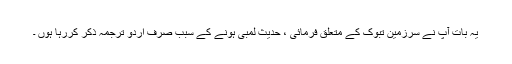
یہ بات آپ نے سرزمین تبوک کے متعلق فرمائی ، حدیث لمبی ہونے کے سبب صرف اردو ترجمہ ذکر کررہا ہوں ۔